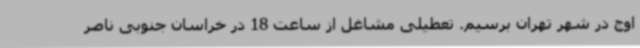
اوج در شهر تهران برسیم. تعطیلی مشاغل از ساعت 18 در خراسان جنوبی ناصر